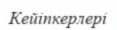
Кейіпкерлері